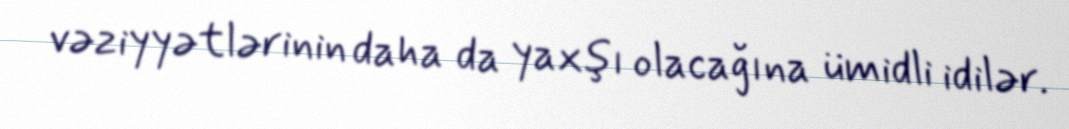
vəziyyətlərinin daha da yaxşı olacağına ümidli idilər.